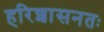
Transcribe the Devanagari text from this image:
हरिशासनतः